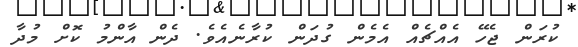
ކުރަން ޖެހޭ އެއްޗެއް އެމެން ގުދަން ކުރާނެއެވެ. ދެން އާންމު ކޮށް މުދާ